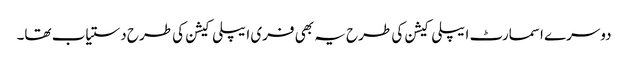
دوسرے اسمارٹ ایپلی کیشن کی طرح یہ بھی فری ایپلی کیشن کی طرح دستیاب تھا۔